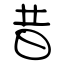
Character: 昔